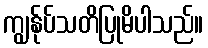
ကျွန်ုပ်သတိပြုမိပါသည်။